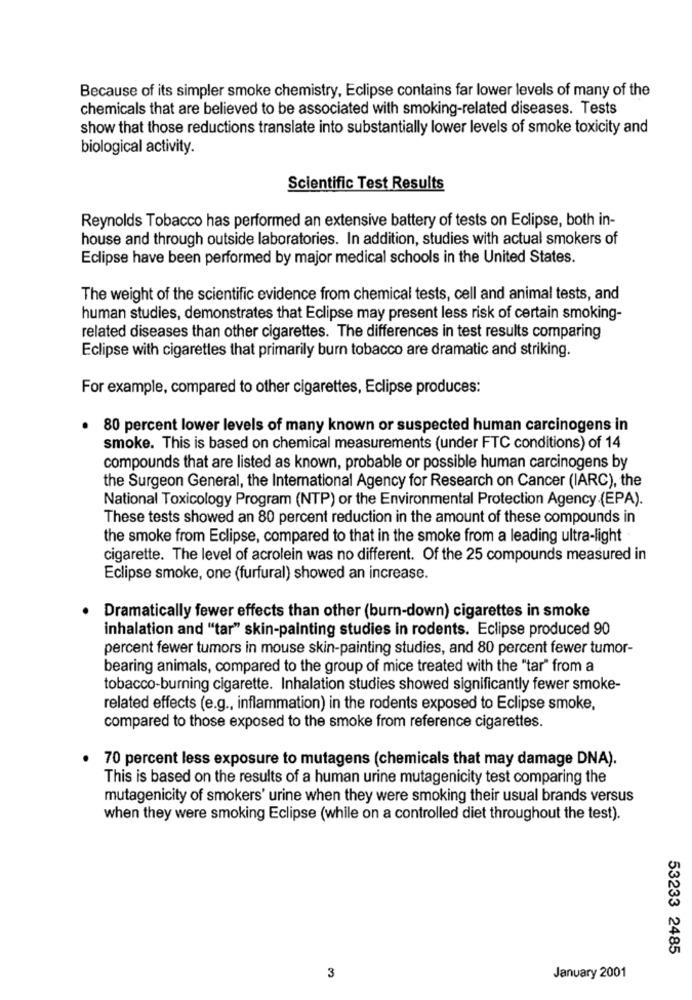
Because of its simpler smoke chemistry, Eclipse contains far lower levels of many of the
chemicals that are believed to be associated with smoking-related diseases. Tests
show that those reductions translate into substantially lower levels of smoke toxicity and
biological activity.
Scientific Test Results
Reynolds Tobacco has performed an extensive battery of tests on Eclipse, both in-
house and through outside laboratories. In addition, studies with actual smokers of
Eclipse have been performed by major medical schools in the United States.
The weight of the scientific evidence from chemical tests, cell and animal tests, and
human studies, demonstrates that Eclipse may present less risk of certain smoking-
related diseases than other cigarettes. The differences in test results comparing
Eclipse with cigarettes that primarily burn tobacco are dramatic and striking.
For example, compared to other cigarettes, Eclipse produces:
80 percent lower levels of many known or suspected human carcinogens in
smoke. This is based on chemical measurements (under FTC conditions) of 14
compounds that are listed as known, probable or possible human carcinogens by
the Surgeon General, the International Agency for Research on Cancer (IARC), the
National Toxicology Program (NTP) or the Environmental Protection Agency (EPA).
These tests showed an 80 percent reduction in the amount of these compounds in
the smoke from Eclipse, compared to that in the smoke from a leading ultra-light
cigarette. The level of acrolein was no different. Of the 25 compounds measured in
Eclipse smoke, one (furfural) showed an increase.
Dramatically fewer effects than other (burn-down) cigarettes in smoke
inhalation and "tar" skin-painting studies in rodents. Eclipse produced 90
percent fewer tumors in mouse skin-painting studies, and 80 percent fewer tumor-
bearing animals, compared to the group of mice treated with the "tar" from a
tobacco-burning cigarette. Inhalation studies showed significantly fewer smoke-
related effects (e.g ., inflammation) in the rodents exposed to Eclipse smoke,
compared to those exposed to the smoke from reference cigarettes.
70 percent less exposure to mutagens (chemicals that may damage DNA).
This is based on the results of a human urine mutagenicity test comparing the
mutagenicity of smokers' urine when they were smoking their usual brands versus
when they were smoking Eclipse (while on a controlled diet throughout the test).
53233 2485
3
January 2001